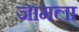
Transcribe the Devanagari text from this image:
जामला